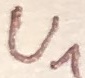
Text: U1